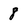
Character: 8